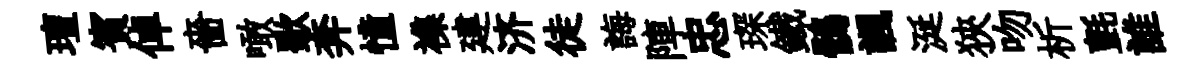
璮賓倬嗇噉歜奔憧襍建济徒誨陣忠琛鐵鶻諷涎狹吻析氈誰